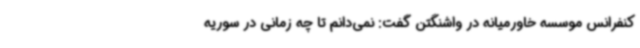
کنفرانس موسسه خاورمیانه در واشنگتن گفت: نمی‌دانم تا چه زمانی در سوریه